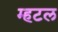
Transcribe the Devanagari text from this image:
म्हटल